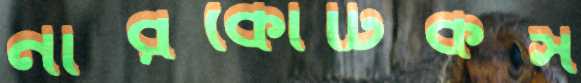
নারকোটিকস